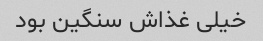
خیلی غذاش سنگین بود